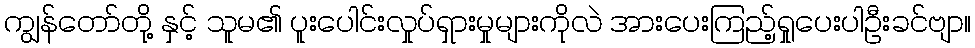
ကျွန်တော်တို့ နှင့် သူမ၏ ပူးပေါင်းလှုပ်ရှားမှုများကိုလဲ အားပေးကြည့်ရှုပေးပါဦးခင်ဗျာ။